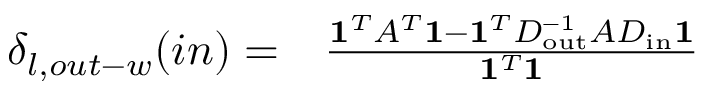
\begin{array} { r l } { \delta _ { l , o u t - w } ( i n ) = } & { { } \frac { \mathbf { 1 } ^ { T } A ^ { T } \mathbf { 1 } - \mathbf { 1 } ^ { T } D _ { \mathrm { o u t } } ^ { - 1 } A D _ { \mathrm { i n } } \mathbf { 1 } } { \mathbf { 1 } ^ { T } \mathbf { 1 } } } \end{array}